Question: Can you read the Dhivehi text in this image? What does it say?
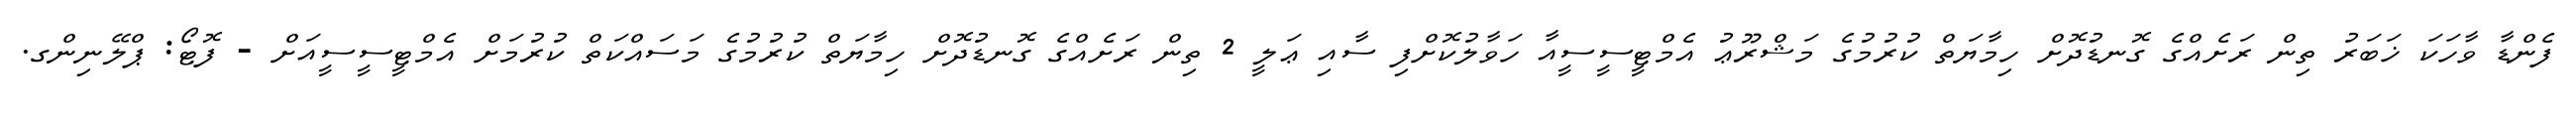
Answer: ފެންޑާ ވާހަކަ ޚަބަރު ތިން ރަށެއްގެ ގޮނޑުދޮށް ހިމާޔަތް ކުރުމުގެ މަޝްރޫޢު އެމްޓީސީސީއާ ހަވާލުކޮށްފި ސާއި ޢަލީ 2 ތިން ރަށެއްގެ ގޮނޑުދޮށް ހިމާޔަތް ކުރުމުގެ މަސައްކަތް ކުރުމަށް އެމްޓީސީސީއަށް - ފޮޓޯ: ޕްލޭނިންގ.